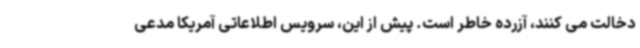
دخالت می کنند، آزرده خاطر است. پیش از این، سرویس اطلاعاتی آمریکا مدعی